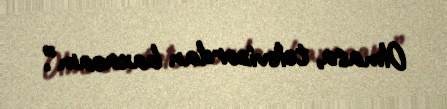
Olmasa, televizordan baxacam”.